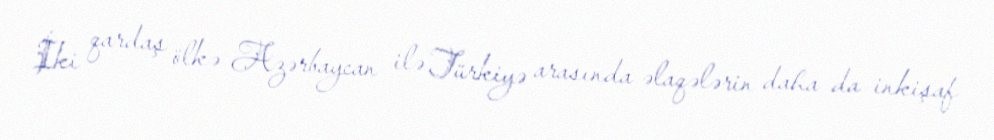
İki qardaş ölkə Azərbaycan ilə Türkiyə arasında əlaqələrin daha da inkişaf